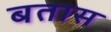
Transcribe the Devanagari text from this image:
बतास